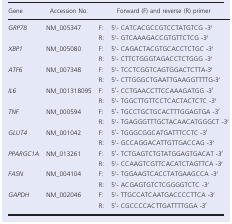
<table><thead><tr><td><b>Gene</b></td><td><b>Accession No.</b></td><td colspan="2"><b>Forward (F) and reverse (R) primer</b></td></tr></thead><tbody><tr><td><i>GRP78</i></td><td>NM_005347</td><td>F:</td><td>5′‐ CATCACGCCGTCCTATGTCG ‐3′</td></tr><tr><td></td><td></td><td>R:</td><td>5′‐ GTCAAAGACCGTGTTCTCG ‐3′</td></tr><tr><td><i>XBP1</i></td><td>NM_005080</td><td>F:</td><td>5′‐ CAGACTACGTGCACCTCTGC ‐3′</td></tr><tr><td></td><td></td><td>R:</td><td>5′‐ CTTCTGGGTAGACCTCTGGG ‐3′</td></tr><tr><td><i>ATF6</i></td><td>NM_007348</td><td>F:</td><td>5′‐ TCCTCGGTCAGTGGACTCTTA‐3′</td></tr><tr><td></td><td></td><td>R:</td><td>5′‐ CTTGGGCTGAATTGAAGGTTTTG‐3′</td></tr><tr><td><i>IL6</i></td><td>NM_001318095</td><td>F:</td><td>5′‐ CCTGAACCTTCCAAAGATGG ‐3′</td></tr><tr><td></td><td></td><td>R:</td><td>5′‐ TGGCTTGTTCCTCACTACTCTC ‐3′</td></tr><tr><td><i>TNF</i></td><td>NM_000594</td><td>F:</td><td>5′‐ TGCCTGCTGCACTTTGGAGTGA ‐3′</td></tr><tr><td></td><td></td><td>R:</td><td>5′‐ TGAGGGTTTGCTACAACATGGGCT ‐3′</td></tr><tr><td><i>GLUT4</i></td><td>NM_001042</td><td>F:</td><td>5′‐ TGGGCGGCATGATTTCCTC ‐3′</td></tr><tr><td></td><td></td><td>R:</td><td>5′‐ GCCAGGACATTGTTGACCAG ‐3′</td></tr><tr><td><i>PPARGC1A</i></td><td>NM_013261</td><td>F:</td><td>5′‐ TCTGAGTCTGTATGGAGTGACAT ‐3′</td></tr><tr><td></td><td></td><td>R:</td><td>5′‐ CCAAGTCGTTCACATCTAGTTCA ‐3′</td></tr><tr><td><i>FASN</i></td><td>NM_004104</td><td>F:</td><td>5′‐ TGGAAGTCACCTATGAAGCCA ‐3′</td></tr><tr><td></td><td></td><td>R:</td><td>5′‐ ACGAGTGTCTCGGGGTCTC ‐3′</td></tr><tr><td><i>GAPDH</i></td><td>NM_002046</td><td>F:</td><td>5′‐ TTGCCATCAATGACCCCTTCA ‐3′</td></tr><tr><td></td><td></td><td>R:</td><td>5′‐ CGCCCCACTTGATTTTGGA ‐3′</td></tr></tbody></table>